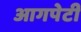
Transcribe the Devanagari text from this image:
आगपेटी